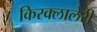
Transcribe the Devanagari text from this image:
किरक्लालेरी